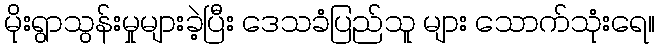
မိုးရွာသွန်းမှုများခဲ့ပြီး ဒေသခံပြည်သူ များ သောက်သုံးရေ။